Vaccination in Bombay 1889-1901 - 1889-1901
Year: 1889
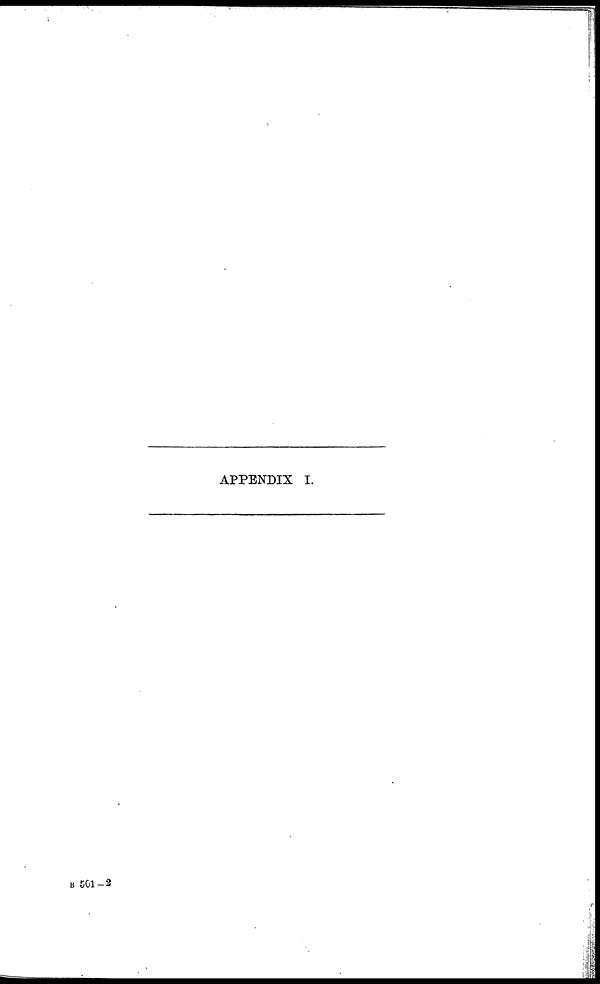
APPENDIX I.
B 501-2